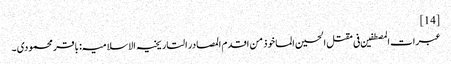
[14]
عبرات المصطفین فی مقتل الحسین الماخوذ من اقدم المصادر التاریخیہ الاسلامیہ: باقر محمودی ۔